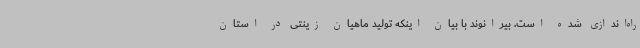
راه‌اندازی شده است. بیرانوند با بیان اینکه تولید ماهیان زینتی در استان